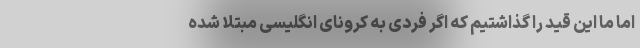
اما ما این قید را گذاشتیم که اگر فردی به کرونای انگلیسی مبتلا شده